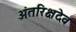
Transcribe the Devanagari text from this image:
अंतरिक्षदेव